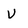
Character: u